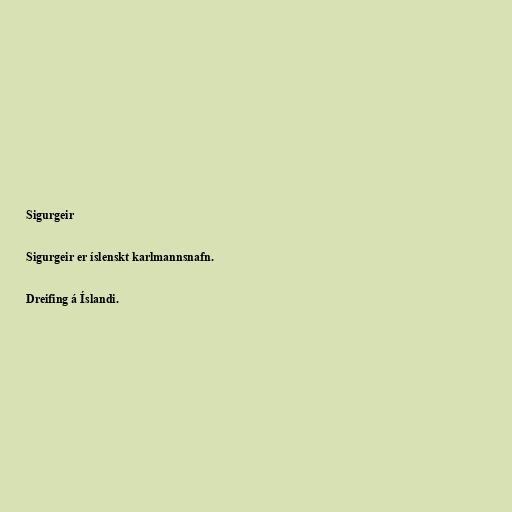
Sigurgeir

Sigurgeir er íslenskt karlmannsnafn.

Dreifing á Íslandi.